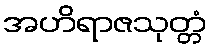
အဟိရာဇသုတ္တံ